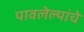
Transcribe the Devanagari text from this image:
पावलेल्यांचे